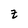
Character: Z